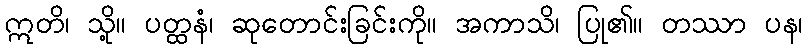
ဣတိ၊ သို့။ ပတ္ထနံ၊ ဆုတောင်းခြင်းကို။ အကာသိ၊ ပြု၏။ တဿာ ပန၊